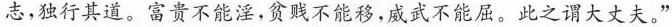
志，独行其道。富贵不能淫，贫贱不能移，威武不能屈。此之谓大丈夫。”